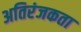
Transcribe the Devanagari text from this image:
अतिरंजकता